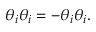
\theta _ { i } \theta _ { i } = - \theta _ { i } \theta _ { i } .